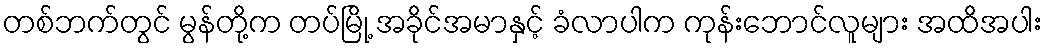
တစ်ဘက်တွင် မွန်တို့က တပ်မြို့ အခိုင်အမာနှင့် ခံလာပါက ကုန်းဘောင်လူများ အထိအပါး